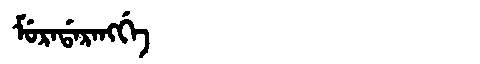
Manchu: ᠮᡠᡵᠠᡩᠠᡵᠠᠩᡤᡝ
Romanization: MURADARANGGE